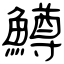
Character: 鱒